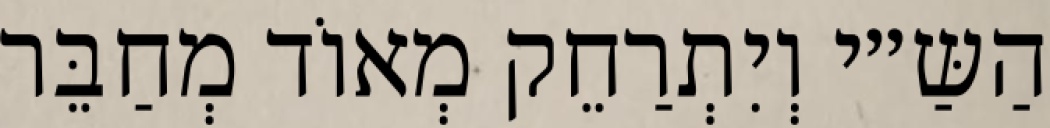
הַשַּ״י וְיִתְרַחֵק מְאוֹד מְחַבֵּר